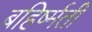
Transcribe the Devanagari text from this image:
बहिर्ष्मती